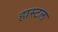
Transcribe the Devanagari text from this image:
हास्टल